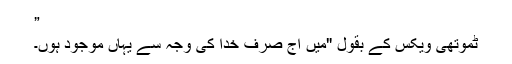
”
ٹموتھی ویکس کے بقول "میں آج صرف خدا کی وجہ سے یہاں موجود ہوں۔